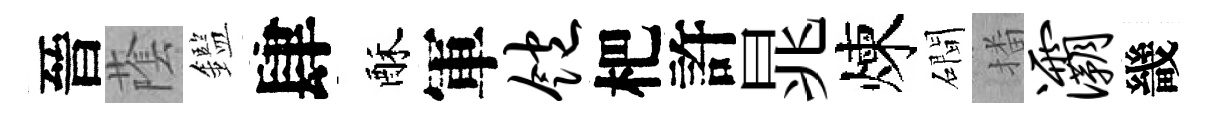
晉䕃鑑肆酥軍饱杷許晁煉磵播灞畿